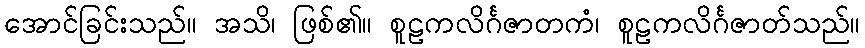
အောင်ခြင်းသည်။ အသိ၊ ဖြစ်၏။ စူဠကလိင်္ဂဇာတကံ၊ စူဠကလိင်္ဂဇာတ်သည်။